Source: Computer-generated
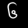
Digit: ၆ (6)